Vaccination in the Punjab 1883-1896 - 1883-1896
Year: 1883
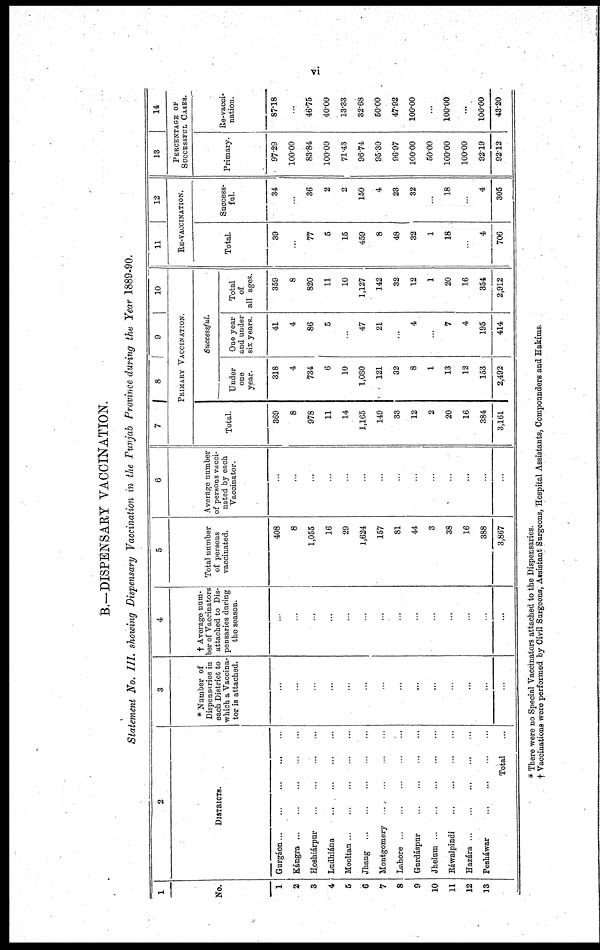
vi
B.—DISPENSARY VACCINATION.
Statement No. III. showing Dispensary Vaccination in the Punjab Province during the Year 1889-90.
1
No.
1
2
3
4
5
6
7
8
9
10
11
12
13
2
DISTRICTS.
Gurgáon
...
...
...
...
...
Kángra
...
...
...
...
Hoshiárpur
...
...
...
...
Ludhiána
...
...
...
...
Mooltan
...
...
...
...
...
Jhang ... ... ... ... ...
Montgomery ... ... ... ...
Lahore
...
...
...
...
...
Gurdáspur
...
...
...
...
Jhelum
...
...
...
...
...
Ráwalpindi
...
...
...
...
Hazára
...
...
...
...
...
Pesháwar
...
...
...
...
Total ...
3
* Number of
Dispensaries in
each District to
which a Vaccina-
tor is attached.
...
...
...
...
...
...
...
...
...
...
...
...
...
...
4
† Average num-
ber of Vaccinators
attached to Dis-
pensaries during
the season.
...
...
...
...
...
...
...
...
...
...
...
...
...
...
5
Total number
of persons
vaccinated.
408
8
1,055
16
29
1,624
157
81
44
3
38
16
388
3,867
6
Average number
of persons vacci-
nated by each
Vaccinator.
...
...
...
...
...
...
...
...
...
...
...
...
...
...
7
Total.
369
8
978
11
14
1,165
149
33
12
2
20
16
384
3,161
8
9
10
PRIMARY VACCINATION.
Successful.
Under
one
year.
318
4
734
6
10
1,080
121
32
8
1
13
12
153
2,492
One year
and under
six years.
41
4
86
5
...
47
21
...
4
...
7
4
195
414
Total
of
all ages.
359
8
820
11
10
1,127
142
32
12
1
20
36
354
2,912
11
12
RE-VACCINATION.
Total.
39
...
77
5
15
459
8
48
32
1
18
...
4
706
Success-
ful.
34
...
36
2
2
150
4
23
32
...
18
4
305
13
14
PERCENTAGE OF
SUCCESSFUL CASES.
Primary.
97.29
100.00
83.84
100.00
71.43
96.74
95.30
96.97
100.00
50.00
100.00
100.00
92.19
92.12
He-vacci-
nation.
87.18
...
46.75
40.00
13.33
32.68
50.00
47.92
100.00
...
100.00
...
100.00
43.20
* There were no Special Vaccinators attached to the Dispensaries.
† Vaccinations were performed by Civil Surgeons, Assistant Surgeons, Hospital Assistants, Compounders and Hakíms.